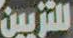
للتزيين